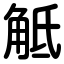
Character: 觝